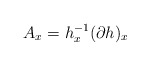
\begin{align*}A_x=h_x^{-1}(\partial h)_x \end{align*}